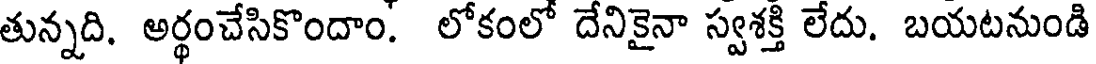
తున్నది. అర్థంచేసికొందాం. లోకంలో దేనికైనా స్వశక్తి లేదు. బయటనుండి